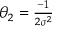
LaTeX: \textstyle \theta _ { 2 } = { \frac { - 1 } { 2 \sigma ^ { 2 } } }